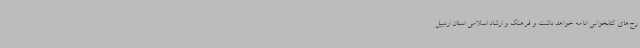
رح‌های کتابخوانی ادامه خواهد داشت و فرهنگ و ارشاد اسلامی استان اردبیل